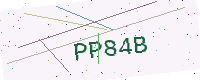
Text: PP84B